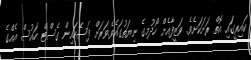
ކައިރީގައި އޮތް ރަށަކަށެވެ. ވަޒީފާއެށް ހޯދުމގެ ނިޔަތުގައެވެ.ވަރަށް ފަސޭހައިން ގެސްޓް ހައުސް އެއްގެ